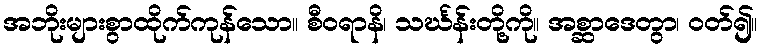
အဘိုးများစွာထိုက်ကုန်သော။ စီဝရာနိ၊ သင်္ဃန်းတို့ကို။ အစ္ဆာဒေတွာ၊ ဝတ်၍။